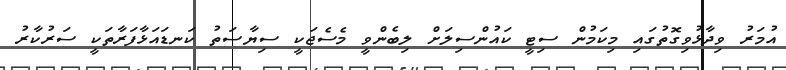
އުމަރު ވިދާޅުވިގޮތުގައި މިކަމުން ސިޓީ ކައުންސިލަށް ލިބެންވީ މެސެޖަކީ ސިޔާސަތު ކަނޑައަޅާފަރާތަކީ ސަރުކާރު